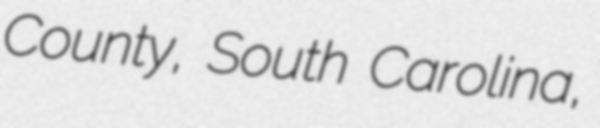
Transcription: County, South Carolina,